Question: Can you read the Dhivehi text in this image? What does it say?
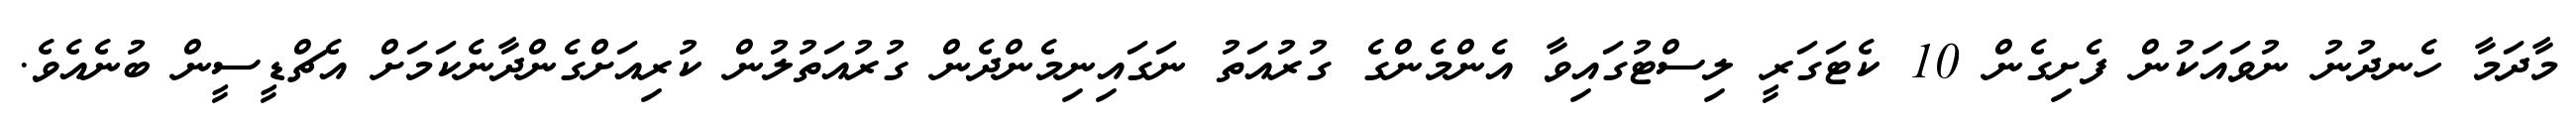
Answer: މާދަމާ ހެނދުނު ނުވައަކުން ފެށިގެން 10 ކެޓަގަރީ ލިސްޓުގައިވާ އެންމެންގެ ގުރުއަތު ނަގައިނިމެންދެން ގުރުއަތުލުން ކުރިއަށްގެންދާނެކަމަށް އެޗްޑީސީން ބުނެއެވެ.